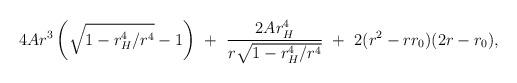
LaTeX: \begin{align*}4Ar^3\left(\sqrt{1-r_H^4/r^4}-1\right)\ +\ \frac{2Ar_H^4}{r\sqrt{1-r_H^4/r^4}}\ +\ 2(r^2-rr_0)(2r-r_0),\end{align*}